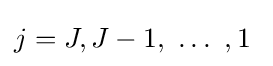
j=J,J-1,\ \ldots \ ,1\